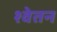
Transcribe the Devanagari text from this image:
श्वेतन